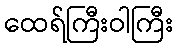
ထေရ်ကြီးဝါကြီး